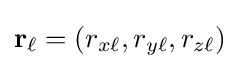
\mathbf {r} _{\ell }=\left(r_{x\ell },r_{y\ell },r_{z\ell }\right)